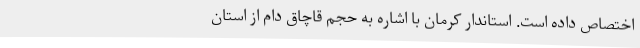
اختصاص داده است. استاندار کرمان با اشاره به حجم قاچاق دام از استان